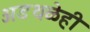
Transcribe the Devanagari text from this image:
अडथळेही